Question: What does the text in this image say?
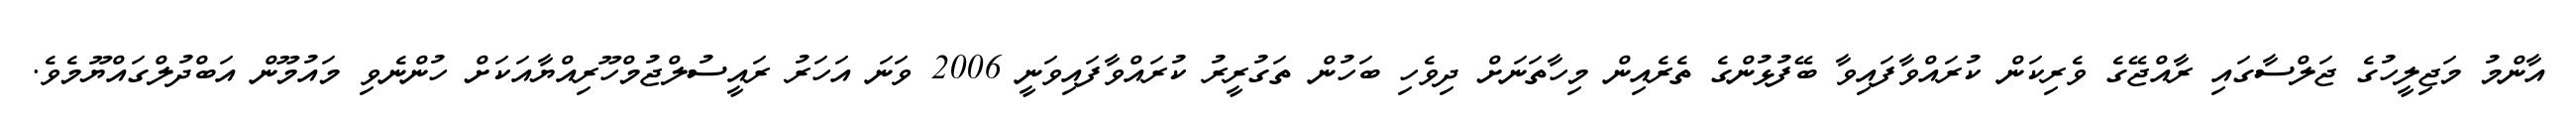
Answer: އާންމު މަޖިލީހުގެ ޖަލްސާގައި ރާއްޖޭގެ ވެރިކަން ކުރައްވާފައިވާ ބޭފުޅުންގެ ތެރެއިން މިހާތަނަށް ދިވެހި ބަހުން ތަގުރީރު ކުރައްވާފައިވަނީ 2006 ވަނަ އަހަރު ރައީސުލްޖުމްހޫރިއްޔާއަކަށް ހުންނެވި މައުމޫން އަބްދުލްގައްޔޫމެވެ.